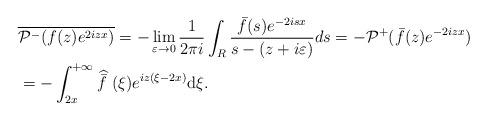
LaTeX: \begin{align*} & \overline{\mathcal{P}^- ( f(z) e^{ 2izx})} = -\lim_{\varepsilon \rightarrow 0}\frac{1}{2\pi i}\int_{R} \frac{ \bar{f}(s)e^{-2isx}}{s-(z+i\varepsilon)}ds = - \mathcal{P}^+ ( \bar f(z) e^{-2izx})\\ &=-\int_{2x}^{+\infty}\widehat{\bar{f}\ } (\xi)e^{iz(\xi-2x) } \mathrm{d}\xi. \end{align*}